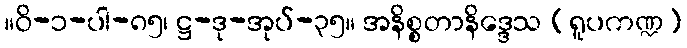
။ဝိ-၁-ပါ-၈၅၊ ဋ္ဌ-ဒု-အုပ်-၃၅။ အနိစ္စတာနိဒ္ဒေသ (ရူပကဏ္ဍ)